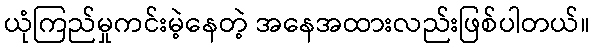
ယုံကြည်မှုကင်းမဲ့နေတဲ့ အနေအထားလည်းဖြစ်ပါတယ်။